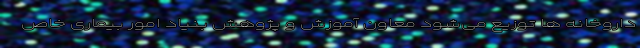
داروخانه ها توزیع می‌شود معاون آموزش و پژوهش بنیاد امور بیماری خاص